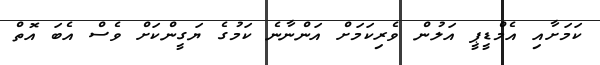
ކަމަށާއި އެމްޑީޕީ އަލުން ވެރިކަމަށް އަންނާނެ ކަމުގެ ޔަގީންކަށް ވެސް އެބަ އޮތް